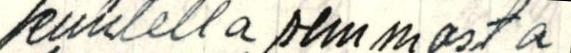
kuulella semmosta